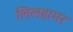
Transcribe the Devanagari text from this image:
लिलहामर